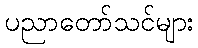
ပညာတော်သင်များ